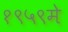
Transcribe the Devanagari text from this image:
१९५९मे